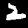
Digit: 2